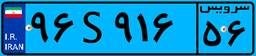
۹۶S۹۱۶۵۶